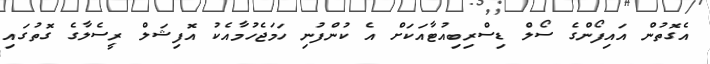
އެގޮތުން އައިފޯންގެ ސޯލް ޑިސްރިބިއުޓާއަކަށް އެ ކުންފުނި ހަމަޖެހުމާއެކު އޮފިޝަލް ރީސެލާގެ ގޮތުގައި